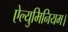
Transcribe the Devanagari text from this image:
ऐल्युमिनियम।